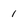
Character: 1